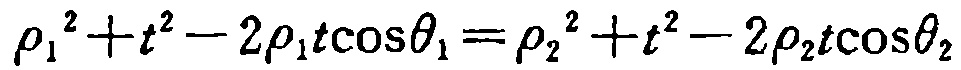
\(\rho_{1}^{2}+t^{2}-2\rho_{1}t\cos\theta_{1}=\rho_{2}^{2}+t^{2}-2\rho_{2}t\cos\theta_{2}\)